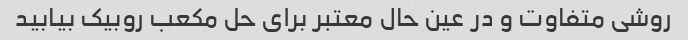
روشی متفاوت و در عین حال معتبر برای حل مکعب روبیک بیابید